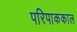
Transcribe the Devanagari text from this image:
परिपाककाल